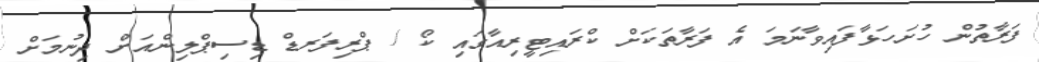
ފަރާތުން ހުށަހަޅާފައިވާނަމަ އެ ފަރާތަކަށް ކްރައިޓީރިއާގައި ކޯ / ޕްރިފަރޑް ޑިސިޕްލިންއަށް ދިނުމަށް